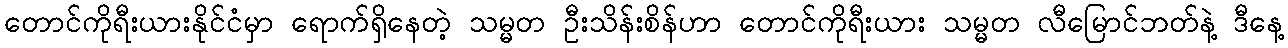
တောင်ကိုရီးယားနိုင်ငံမှာ ရောက်ရှိနေတဲ့ သမ္မတ ဦးသိန်းစိန်ဟာ တောင်ကိုရီးယား သမ္မတ လီမြောင်ဘတ်နဲ့ ဒီနေ့